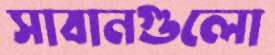
সাবানগুলো